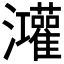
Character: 𭳼